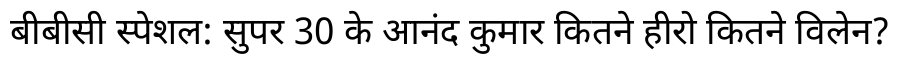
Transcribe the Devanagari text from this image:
बीबीसी स्पेशल: सुपर 30 के आनंद कुमार कितने हीरो कितने विलेन?